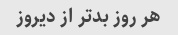
هر روز بدتر از دیروز